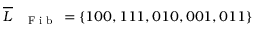
\overline { { L } } _ { \mathrm { ~ \tiny ~ \textnormal ~ { ~ F ~ i ~ b ~ } ~ } } = \{ 1 0 0 , 1 1 1 , 0 1 0 , 0 0 1 , 0 1 1 \}